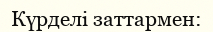
Күрделі заттармен: